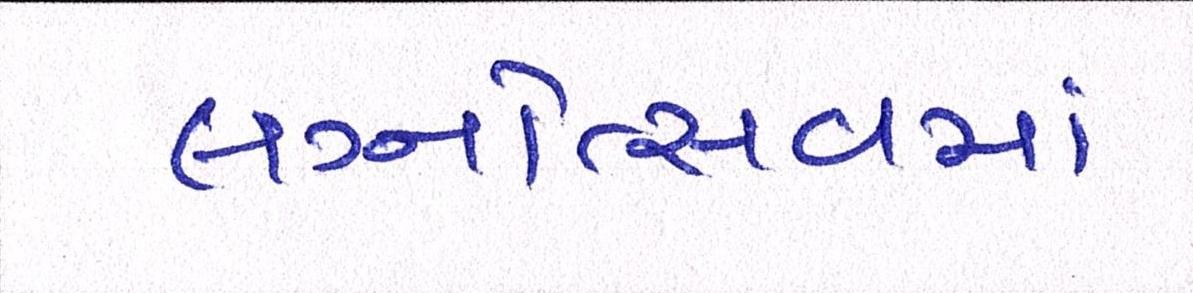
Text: લગ્નોત્સવમાં